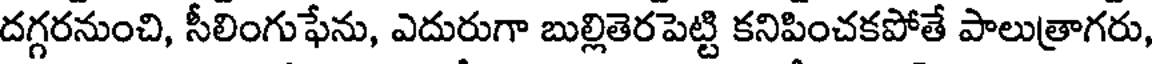
దగ్గరనుంచి, సీలింగుఫేను, ఎదురుగా బుల్లితెరపెట్టి కనిపించకపోతే పాలుత్రాగరు,